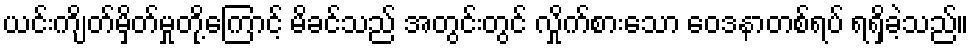
ယင်းကျိတ်မှိတ်မှုတို့ကြောင့် မိခင်သည် အတွင်းတွင် လှိုက်စားသော ဝေဒနာတစ်ရပ် ရရှိခဲ့သည်။